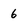
Character: 6